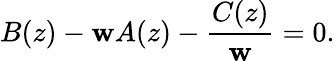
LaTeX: B(z)-\mathbf{w}A(z)-\frac{{C(z)}}{{\mathbf{w}}}=0.